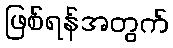
ဖြစ်ရန်အတွက်